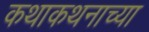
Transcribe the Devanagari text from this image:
कथाकथनाच्या